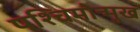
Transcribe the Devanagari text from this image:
पश्चिमोन्मुख